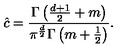
\hat { c } = \frac { \Gamma \left( \frac { d + 1 } { 2 } + m \right) } { \pi ^ { \frac { d } { 2 } } \Gamma \left( m + \frac 1 2 \right) } .